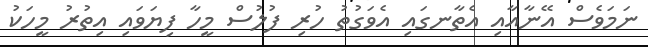
ނަމަވެސް އޭނާއާއި އެތާނގައި އެވަގުތު ހުރި ފުލުސް މީހާ ފިޔަވައި އިތުރު މީހަކު